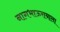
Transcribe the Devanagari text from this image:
नागभाऊरायाला